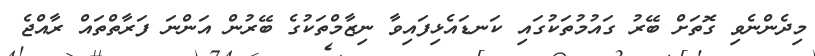
މިދެންނެވި ގޮތަށް ބޭރު ގައުމުތަކުގައި ކަނޑައެޅިފައިވާ ނިޒާމްތަކުގެ ބޭރުން އަންނަ ފަރާތްތައް ރާއްޖެ